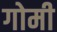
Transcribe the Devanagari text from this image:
गोमी